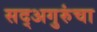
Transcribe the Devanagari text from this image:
सद्‍अगुरुंचा